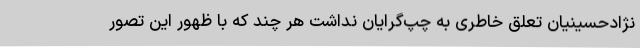
نژاد‌حسینیان تعلق خاطری به چپ‌گرایان نداشت هر چند که با ظهور این تصور